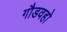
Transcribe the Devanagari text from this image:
गौडवहो